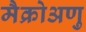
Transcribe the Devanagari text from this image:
मैक्रोअणु